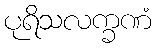
ပုရိသလက္ခဏံ